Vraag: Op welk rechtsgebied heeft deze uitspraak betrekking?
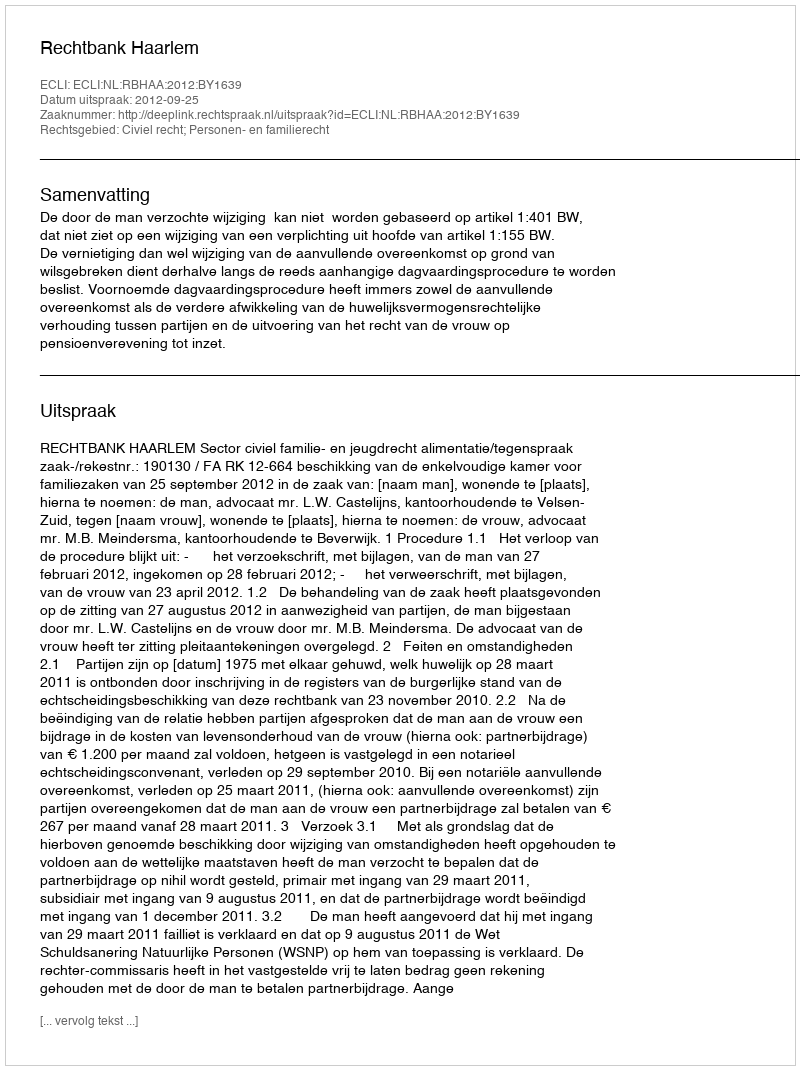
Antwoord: Civiel recht; Personen- en familierecht